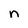
Character: n